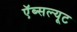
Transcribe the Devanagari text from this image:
ऍब्सल्यूट